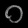
Digit: ၀